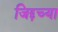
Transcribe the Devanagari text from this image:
जिद्दच्या